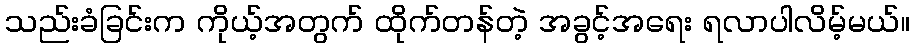
သည်းခံခြင်းက ကိုယ့်အတွက် ထိုက်တန်တဲ့ အခွင့်အရေး ရလာပါလိမ့်မယ်။